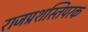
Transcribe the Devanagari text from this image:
राजप्रशस्तिपरक